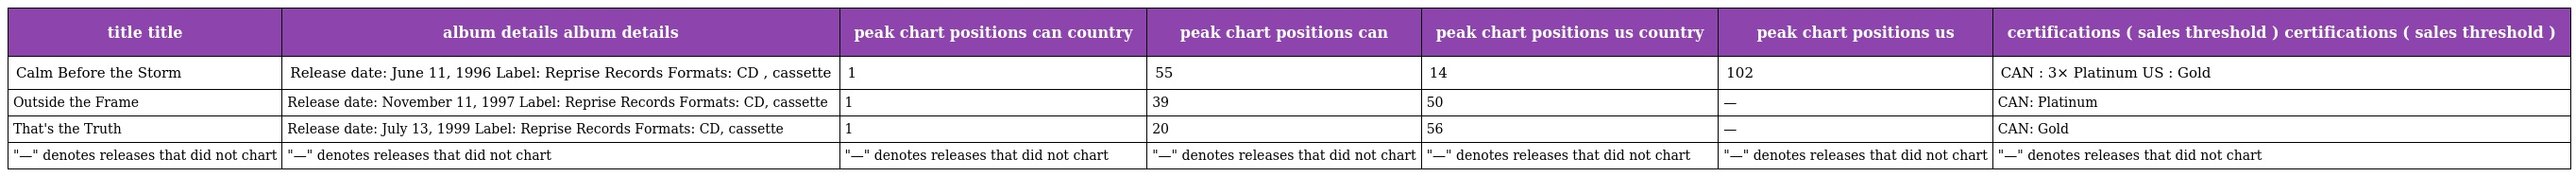
| title title | album details album details | peak chart positions can country | peak chart positions can | peak chart positions us country | peak chart positions us | certifications ( sales threshold ) certifications ( sales threshold ) |
 | --- | --- | --- | --- | --- | --- | --- |
 | Calm Before the Storm | Release date: June 11, 1996 Label: Reprise Records Formats: CD , cassette | 1 | 55 | 14 | 102 | CAN : 3× Platinum US : Gold |
 | Outside the Frame | Release date: November 11, 1997 Label: Reprise Records Formats: CD, cassette | 1 | 39 | 50 | — | CAN: Platinum |
 | That's the Truth | Release date: July 13, 1999 Label: Reprise Records Formats: CD, cassette | 1 | 20 | 56 | — | CAN: Gold |
 | "—" denotes releases that did not chart | "—" denotes releases that did not chart | "—" denotes releases that did not chart | "—" denotes releases that did not chart | "—" denotes releases that did not chart | "—" denotes releases that did not chart | "—" denotes releases that did not chart |